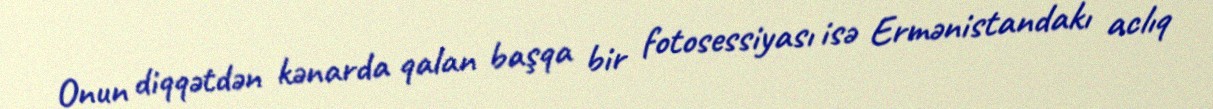
Onun diqqətdən kənarda qalan başqa bir fotosessiyası isə Ermənistandakı aclıq